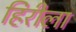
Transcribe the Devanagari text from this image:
हिरीला